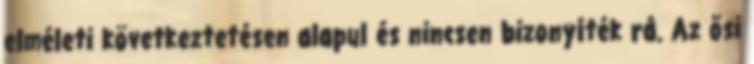
elméleti következtetésen alapul és nincsen bizonyíték rá. Az ősi